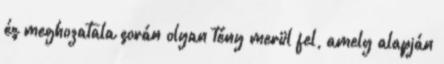
és meghozatala során olyan tény merül fel, amely alapján